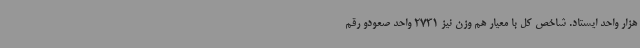
هزار واحد ایستاد. شاخص کل با معیار هم وزن نیز 2731 واحد صعودو رقم